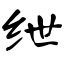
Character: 绁